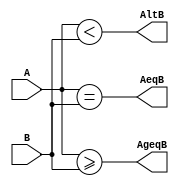

module comparatorBehavior4bits(
	input [3:0] A, B,
	output AeqB, AgeqB, AltB
);

assign AeqB = (A == B);
assign AgeqB = (A >= B);
assign AltB = (A < B);

endmodule